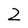
Character: z